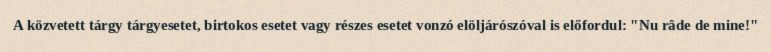
A közvetett tárgy tárgyesetet, birtokos esetet vagy részes esetet vonzó elöljárószóval is előfordul: "Nu râde de mine!"